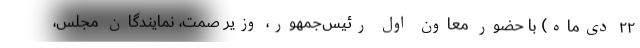
۲۲ دی‌ماه) با حضور معاون اول رئیس‌جمهور، وزیر صمت، نمایندگان مجلس،